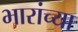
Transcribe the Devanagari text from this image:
भारांच्या